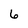
Character: 6